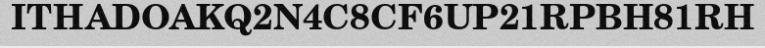
ITHADOAKQ2N4C8CF6UP21RPBH81RH